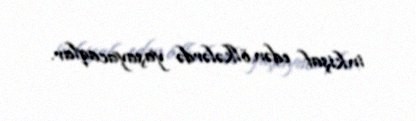
inkişaf edən ölkələrdə yaşayacaqlar.